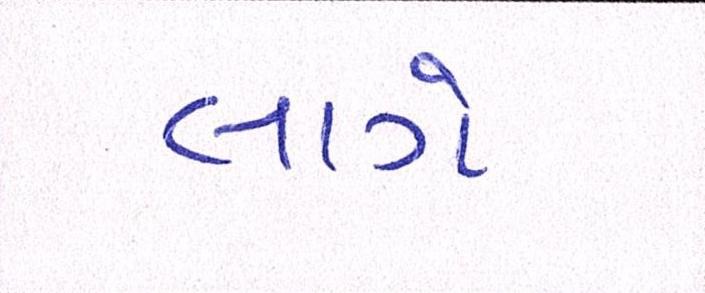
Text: લાગે